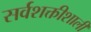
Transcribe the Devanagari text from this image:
सर्वशक्तीशाली